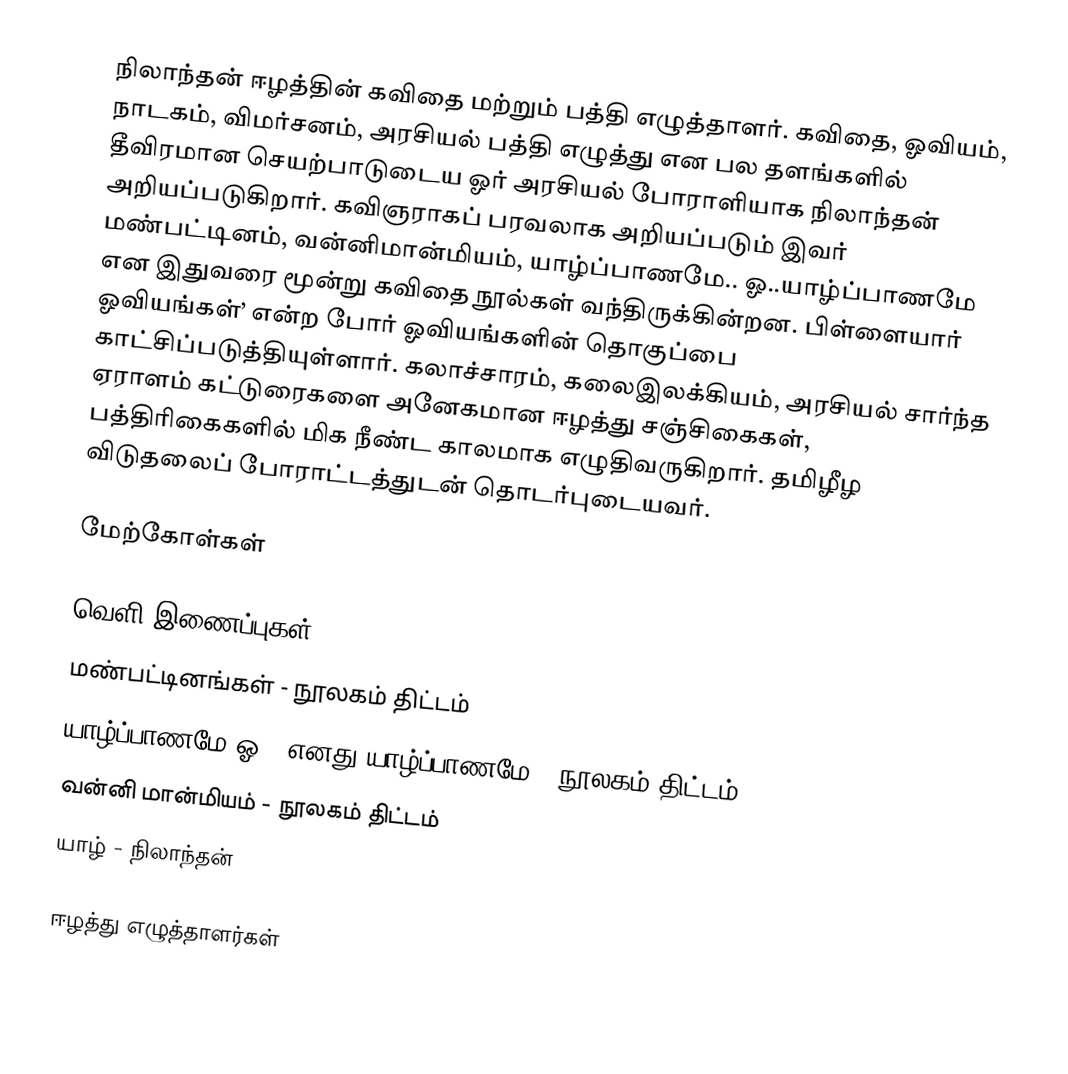
நிலாந்தன் ஈழத்தின் கவிதை மற்றும் பத்தி எழுத்தாளர். கவிதை, ஓவியம், நாடகம், விமர்சனம், அரசியல் பத்தி எழுத்து என பல தளங்களில் தீவிரமான செயற்பாடுடைய ஓர் அரசியல் போராளியாக நிலாந்தன் அறியப்படுகிறார். கவிஞராகப் பரவலாக அறியப்படும் இவர் மண்பட்டினம், வன்னிமான்மியம், யாழ்ப்பாணமே.. ஓ..யாழ்ப்பாணமே என இதுவரை மூன்று கவிதை நூல்கள் வந்திருக்கின்றன. பிள்ளையார் ஓவியங்கள்’ என்ற போர் ஓவியங்களின் தொகுப்பை காட்சிப்படுத்தியுள்ளார். கலாச்சாரம், கலைஇலக்கியம், அரசியல் சார்ந்த ஏராளம் கட்டுரைகளை அனேகமான ஈழத்து சஞ்சிகைகள், பத்திரிகைகளில் மிக நீண்ட காலமாக எழுதிவருகிறார். தமிழீழ விடுதலைப் போராட்டத்துடன் தொடர்புடையவர்.

மேற்கோள்கள்

வெளி இணைப்புகள்
மண்பட்டினங்கள் - நூலகம் திட்டம்
யாழ்ப்பாணமே ஓ.. எனது யாழ்ப்பாணமே - நூலகம் திட்டம்
வன்னி மான்மியம் - நூலகம் திட்டம்
யாழ் - நிலாந்தன்

ஈழத்து எழுத்தாளர்கள்